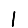
Digit: 1